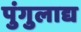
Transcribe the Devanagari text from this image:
पुंगुलाद्य